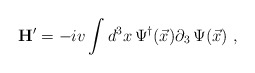
\begin{align*}{\bf H}' = - i v \int d^3x\, \Psi^\dagger(\vec x) \partial_3 \,\Psi(\vec x)\ ,\end{align*}